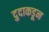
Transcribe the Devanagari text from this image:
दुदाकडून